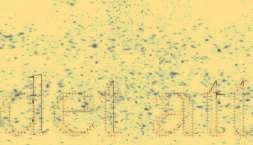
det att